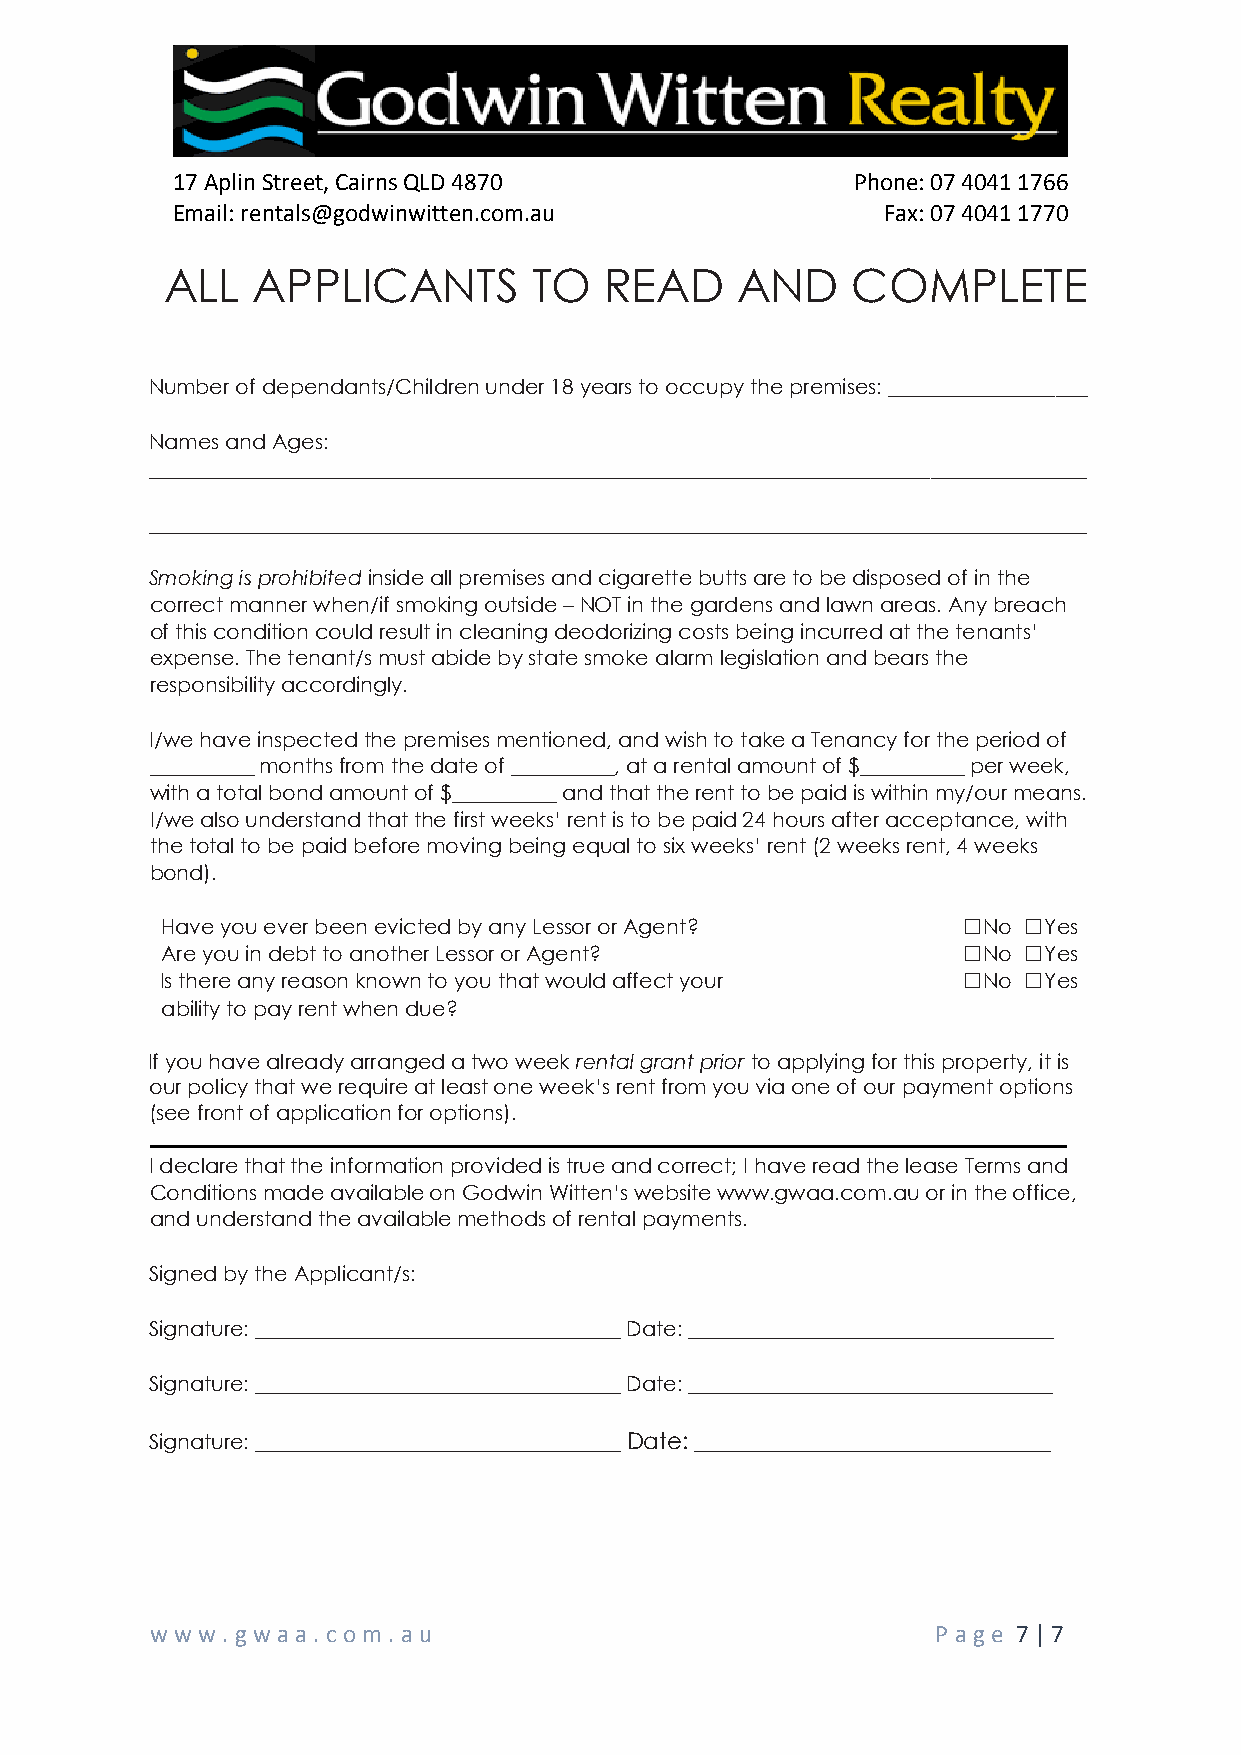
17 Aplin Street, Cairns QLD 4870              Phone: 07 4041 1766
 Email: rentals@godwinwitten.com.au              Fax: 07 4041 1770
 ALL   APPLICANTS        TO   READ     AND    COMPLETE
 Number of dependants/Children under 18 years to occupy the premises: ___________________
 Names and Ages:
 __________________________________________________________________________________________
 __________________________________________________________________________________________
 Smoking is prohibited inside all premises and cigarette butts are to be disposed of in the
 correct manner when/if smoking outside – NOT in the gardens and lawn areas. Any breach
 of this condition could result in cleaning deodorizing costs being incurred at the tenants’
 expense. The tenant/s must abide by state smoke alarm legislation and bears the
 responsibility accordingly.
 I/we have inspected the premises mentioned, and wish to take a Tenancy for the period of
 __________ months from the date of __________, at a rental amount of $__________ per week,
 with a total bond amount of $__________ and that the rent to be paid is within my/our means.
 I/we also understand that the first weeks’ rent is to be paid 24 hours after acceptance, with
 the total to be paid before moving being equal to six weeks’ rent (2 weeks rent, 4 weeks
 bond).
 Have you ever been evicted by any Lessor or Agent?   ☐No ☐Yes
 Are you in debt to another Lessor or Agent?          ☐No ☐Yes
 Is there any reason known to you that would affect your ☐No ☐Yes
 ability to pay rent when due?
 If you have already arranged a two week rental grant prior to applying for this property, it is
 our policy that we require at least one week’s rent from you via one of our payment options
 (see front of application for options).
 I declare that the information provided is true and correct; I have read the lease Terms and
 Conditions made available on Godwin Witten’s website www.gwaa.com.au or in the office,
 and understand the available methods of rental payments.
 Signed by the Applicant/s:
 Signature: ___________________________________ Date: ___________________________________
 Signature: ___________________________________ Date: ___________________________________
 Signature: ___________________________________ Date: _______________________________
 www  .gwa a. co m . au                              P age 7 | 7